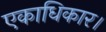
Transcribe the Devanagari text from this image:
एकाधिकार।